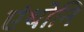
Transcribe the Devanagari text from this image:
एंथोनि